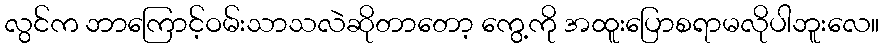
လွင်က ဘာကြောင့်ဝမ်းသာသလဲဆိုတာတော့ ကွေ့ကို အထူးပြောစရာမလိုပါဘူးလေ။